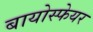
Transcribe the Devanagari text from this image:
बायोस्फेयर